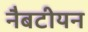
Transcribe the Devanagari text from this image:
नैबटीयन